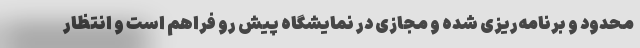
محدود و برنامه‌ریزی شده و مجازی در نمایشگاه پیش رو فراهم است و انتظار